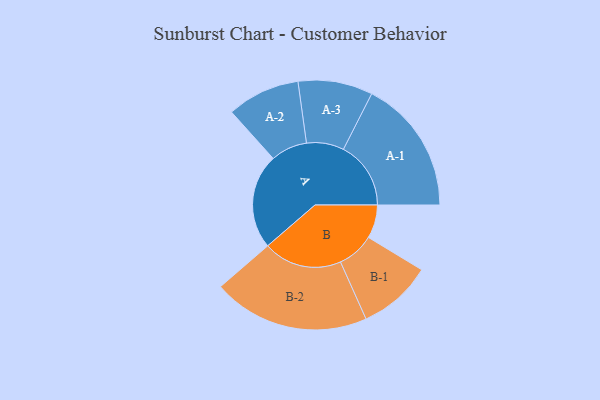
{"axis": {"x": "Segment", "y": "Value"}, "legend": ["", "A", "B"], "data": [{"x": "A", "y": 344, "type": ""}, {"x": "B", "y": 121, "type": ""}, {"x": "A-1", "y": 244, "type": "A"}, {"x": "A-2", "y": 132, "type": "A"}, {"x": "A-3", "y": 135, "type": "A"}, {"x": "B-1", "y": 134, "type": "B"}, {"x": "B-2", "y": 284, "type": "B"}]}